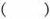
()